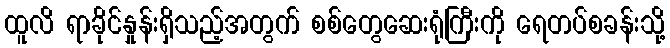
ထူလိ ရာခိုင်နှုန်းရှိသည့်အတွက် စစ်တွေဆေးရုံကြီးကို ရေတပ်စခန်းသို့